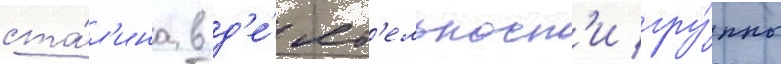
ста́л'ина в д'е́ят'ельност'и гру́ппы